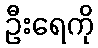
ဦးရေကို